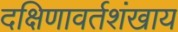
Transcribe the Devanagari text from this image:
दक्षिणावर्तशंखाय